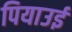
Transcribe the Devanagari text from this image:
पियाउई